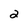
Character: 2